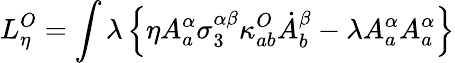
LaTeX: L_{\eta}^{O}=\int\lambda\left\{ \eta A_{a}^{\alpha}\sigma_{3}^{\alpha\beta}\kappa_{ab}^{O}\dot{A}_{b}^{\beta}-\lambda A_{a}^{\alpha}A_{a}^{\alpha}\right\}